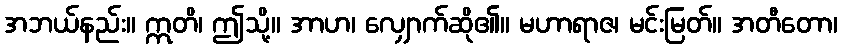
အဘယ်နည်း။ ဣတိ၊ ဤသို့။ အာဟ၊ လျှောက်ဆို၏။ မဟာရာဇ၊ မင်းမြတ်။ အတီတော၊